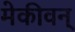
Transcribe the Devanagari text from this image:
मेकीवन्